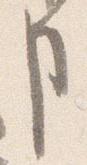
事